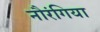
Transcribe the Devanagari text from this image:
नौरंगिया